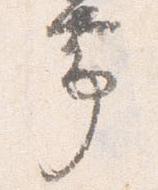
帯